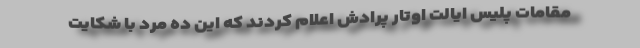
مقامات پلیس ایالت اوتار پرادش اعلام کردند که این ده مرد با شکایت